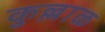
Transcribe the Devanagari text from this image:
कुल्लाळ